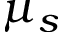
\mu _ { s }